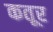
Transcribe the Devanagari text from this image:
कतूर